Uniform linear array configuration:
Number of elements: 16
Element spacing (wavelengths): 1
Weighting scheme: hann
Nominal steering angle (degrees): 15
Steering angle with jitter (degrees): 15.447
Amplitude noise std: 0.05
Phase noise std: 0.05

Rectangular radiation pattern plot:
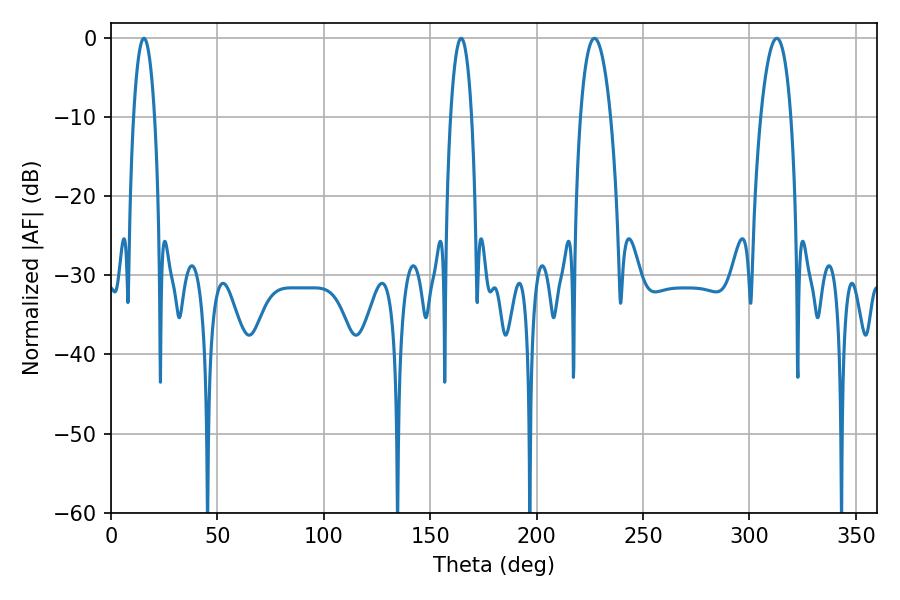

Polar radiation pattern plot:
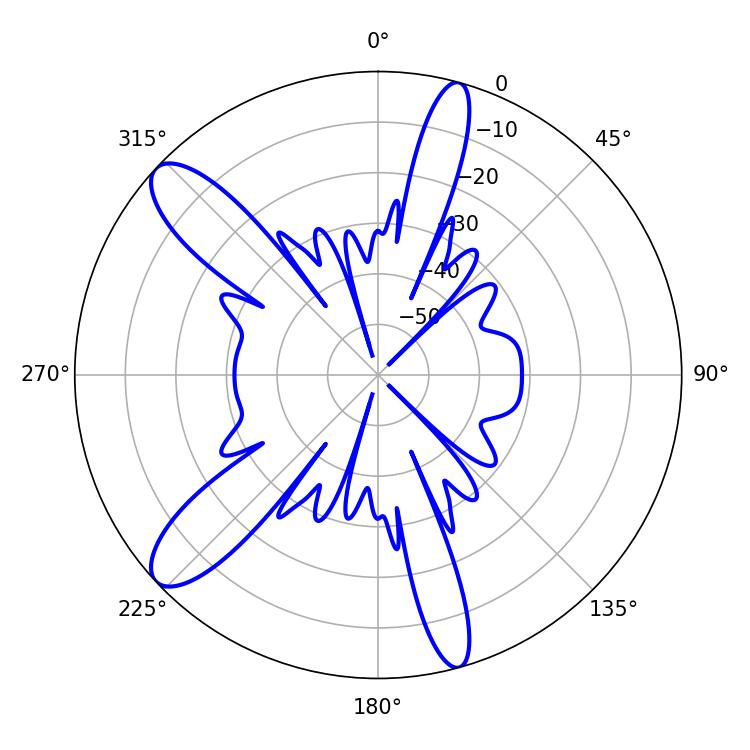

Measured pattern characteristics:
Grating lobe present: TRUE
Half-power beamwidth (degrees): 7.92
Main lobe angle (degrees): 227.16